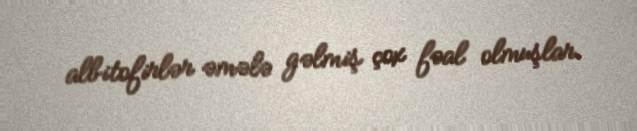
albitofirlər əmələ gəlmiş çox fəal olmuşlar.